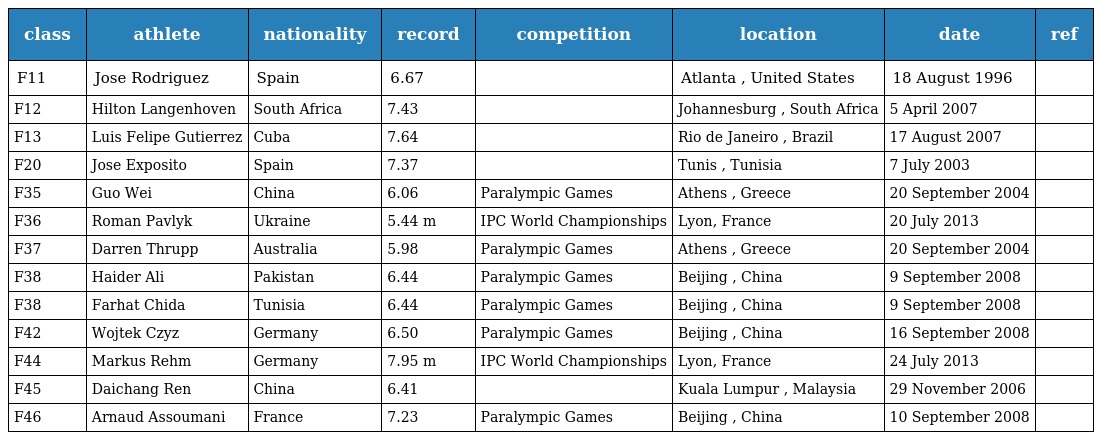
| class | athlete | nationality | record | competition | location | date | ref |
 | --- | --- | --- | --- | --- | --- | --- | --- |
 | F11 | Jose Rodriguez | Spain | 6.67 |  | Atlanta , United States | 18 August 1996 |  |
 | F12 | Hilton Langenhoven | South Africa | 7.43 |  | Johannesburg , South Africa | 5 April 2007 |  |
 | F13 | Luis Felipe Gutierrez | Cuba | 7.64 |  | Rio de Janeiro , Brazil | 17 August 2007 |  |
 | F20 | Jose Exposito | Spain | 7.37 |  | Tunis , Tunisia | 7 July 2003 |  |
 | F35 | Guo Wei | China | 6.06 | Paralympic Games | Athens , Greece | 20 September 2004 |  |
 | F36 | Roman Pavlyk | Ukraine | 5.44 m | IPC World Championships | Lyon, France | 20 July 2013 |  |
 | F37 | Darren Thrupp | Australia | 5.98 | Paralympic Games | Athens , Greece | 20 September 2004 |  |
 | F38 | Haider Ali | Pakistan | 6.44 | Paralympic Games | Beijing , China | 9 September 2008 |  |
 | F38 | Farhat Chida | Tunisia | 6.44 | Paralympic Games | Beijing , China | 9 September 2008 |  |
 | F42 | Wojtek Czyz | Germany | 6.50 | Paralympic Games | Beijing , China | 16 September 2008 |  |
 | F44 | Markus Rehm | Germany | 7.95 m | IPC World Championships | Lyon, France | 24 July 2013 |  |
 | F45 | Daichang Ren | China | 6.41 |  | Kuala Lumpur , Malaysia | 29 November 2006 |  |
 | F46 | Arnaud Assoumani | France | 7.23 | Paralympic Games | Beijing , China | 10 September 2008 |  |